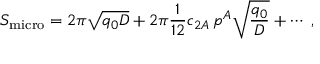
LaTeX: { \cal S } _ { \mathrm { m i c r o } } = 2 \pi \sqrt { q _ { 0 } D } + 2 \pi { \frac { 1 } { 1 2 } } c _ { 2 A } \, p ^ { A } \sqrt { { \frac { q _ { 0 } } { D } } } + \cdots \ ,